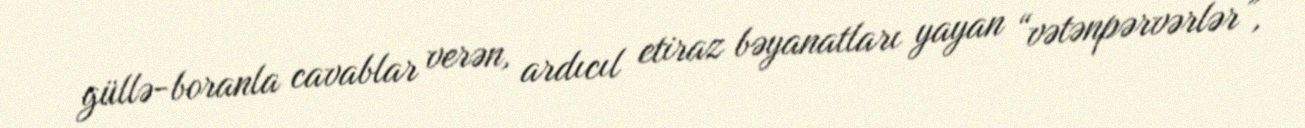
güllə-boranla cavablar verən, ardıcıl etiraz bəyanatları yayan “vətənpərvərlər”,